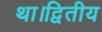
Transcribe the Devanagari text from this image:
था।द्वितीय